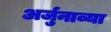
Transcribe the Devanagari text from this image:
अर्जुनाव्या